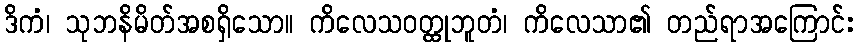
ဒိကံ၊ သုဘနိမိတ်အစရှိသော။ ကိလေသဝတ္ထုဘူတံ၊ ကိလေသာ၏ တည်ရာအကြောင်း